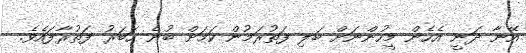
އޭނާ ދަނީ އެހެން މީހުންނަށް ބަލި ފަތުރަމުން ކަމަށް ބުނެ ހަބަރު ފަތުރާފައެވެ.